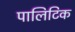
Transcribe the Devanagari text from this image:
पालिटिक